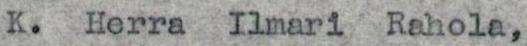
K. Herra Ilmari Rahola,